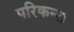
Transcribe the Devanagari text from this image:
परिकन्स